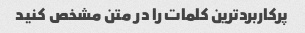
پرکاربردترین کلمات را در متن مشخص کنید